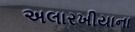
અલારખીયાના